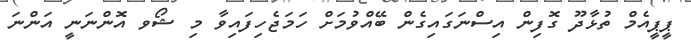
ޕީޕީއެމް ތުޅާދޫ ގޮފިން އިސްނަގައިގެން ބޭއްވުމަށް ހަމަޖެހިފައިވާ މި ޝޯވ އޮންނަނީ އަންނަ